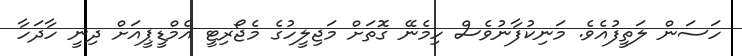
ހަސަން ލަތީފުއެވެ. މަނިކުފާނުވެސް ހިމެނޭ ގޮތަށް މަޖިލީހުގެ މެޖޯރިޓީ އެމްޑީޕީއަށް ދިނީ ހާދަހާ